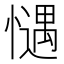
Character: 𢡎